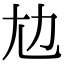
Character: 𡯄